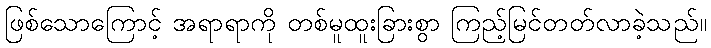
ဖြစ်သောကြောင့် အရာရာကို တစ်မူထူးခြားစွာ ကြည့်မြင်တတ်လာခဲ့သည်။